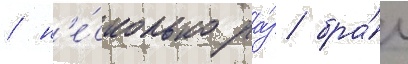
/ н'е́сколько ра́з бра́л